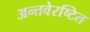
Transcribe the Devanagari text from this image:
अन्तवेरष्टित